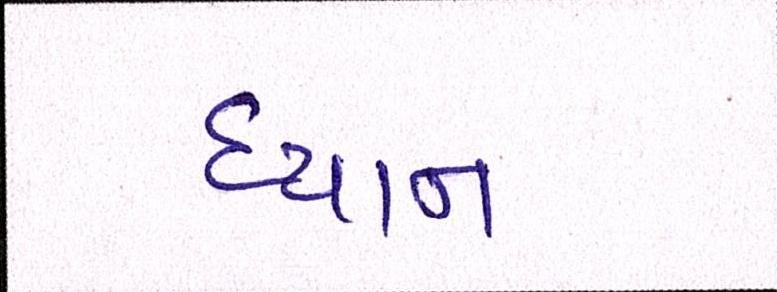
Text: ધ્યાન